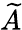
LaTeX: \widetilde{A}